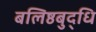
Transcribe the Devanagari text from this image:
बलिष्ठबुद्धि